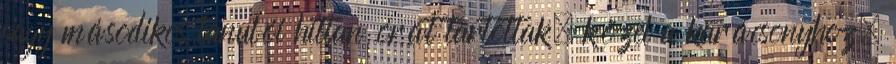
vagy másodikos tanulói hittan órát tartottak, közel a karácsonyhoz.